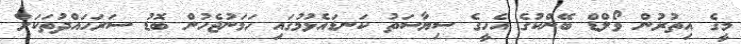
މީގެ އިތުރުން ވޯލްޑް ބޭންކުގެ އެހީގެ ސިޔާސަތު ކަނޑައެޅުމުގައި ހަމަނުޖެހުން ބޮޑު ސަރަހައްދުތަކަށް